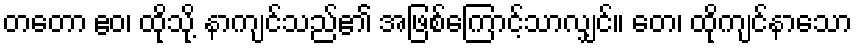
တတော ဧဝ၊ ထိုသို့ နာကျင်သည်၏ အဖြစ်ကြောင့်သာလျှင်။ တေ၊ ထိုကျင်နာသော